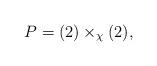
LaTeX: \begin{align*}P = (2) \times_{\chi} (2),\end{align*}